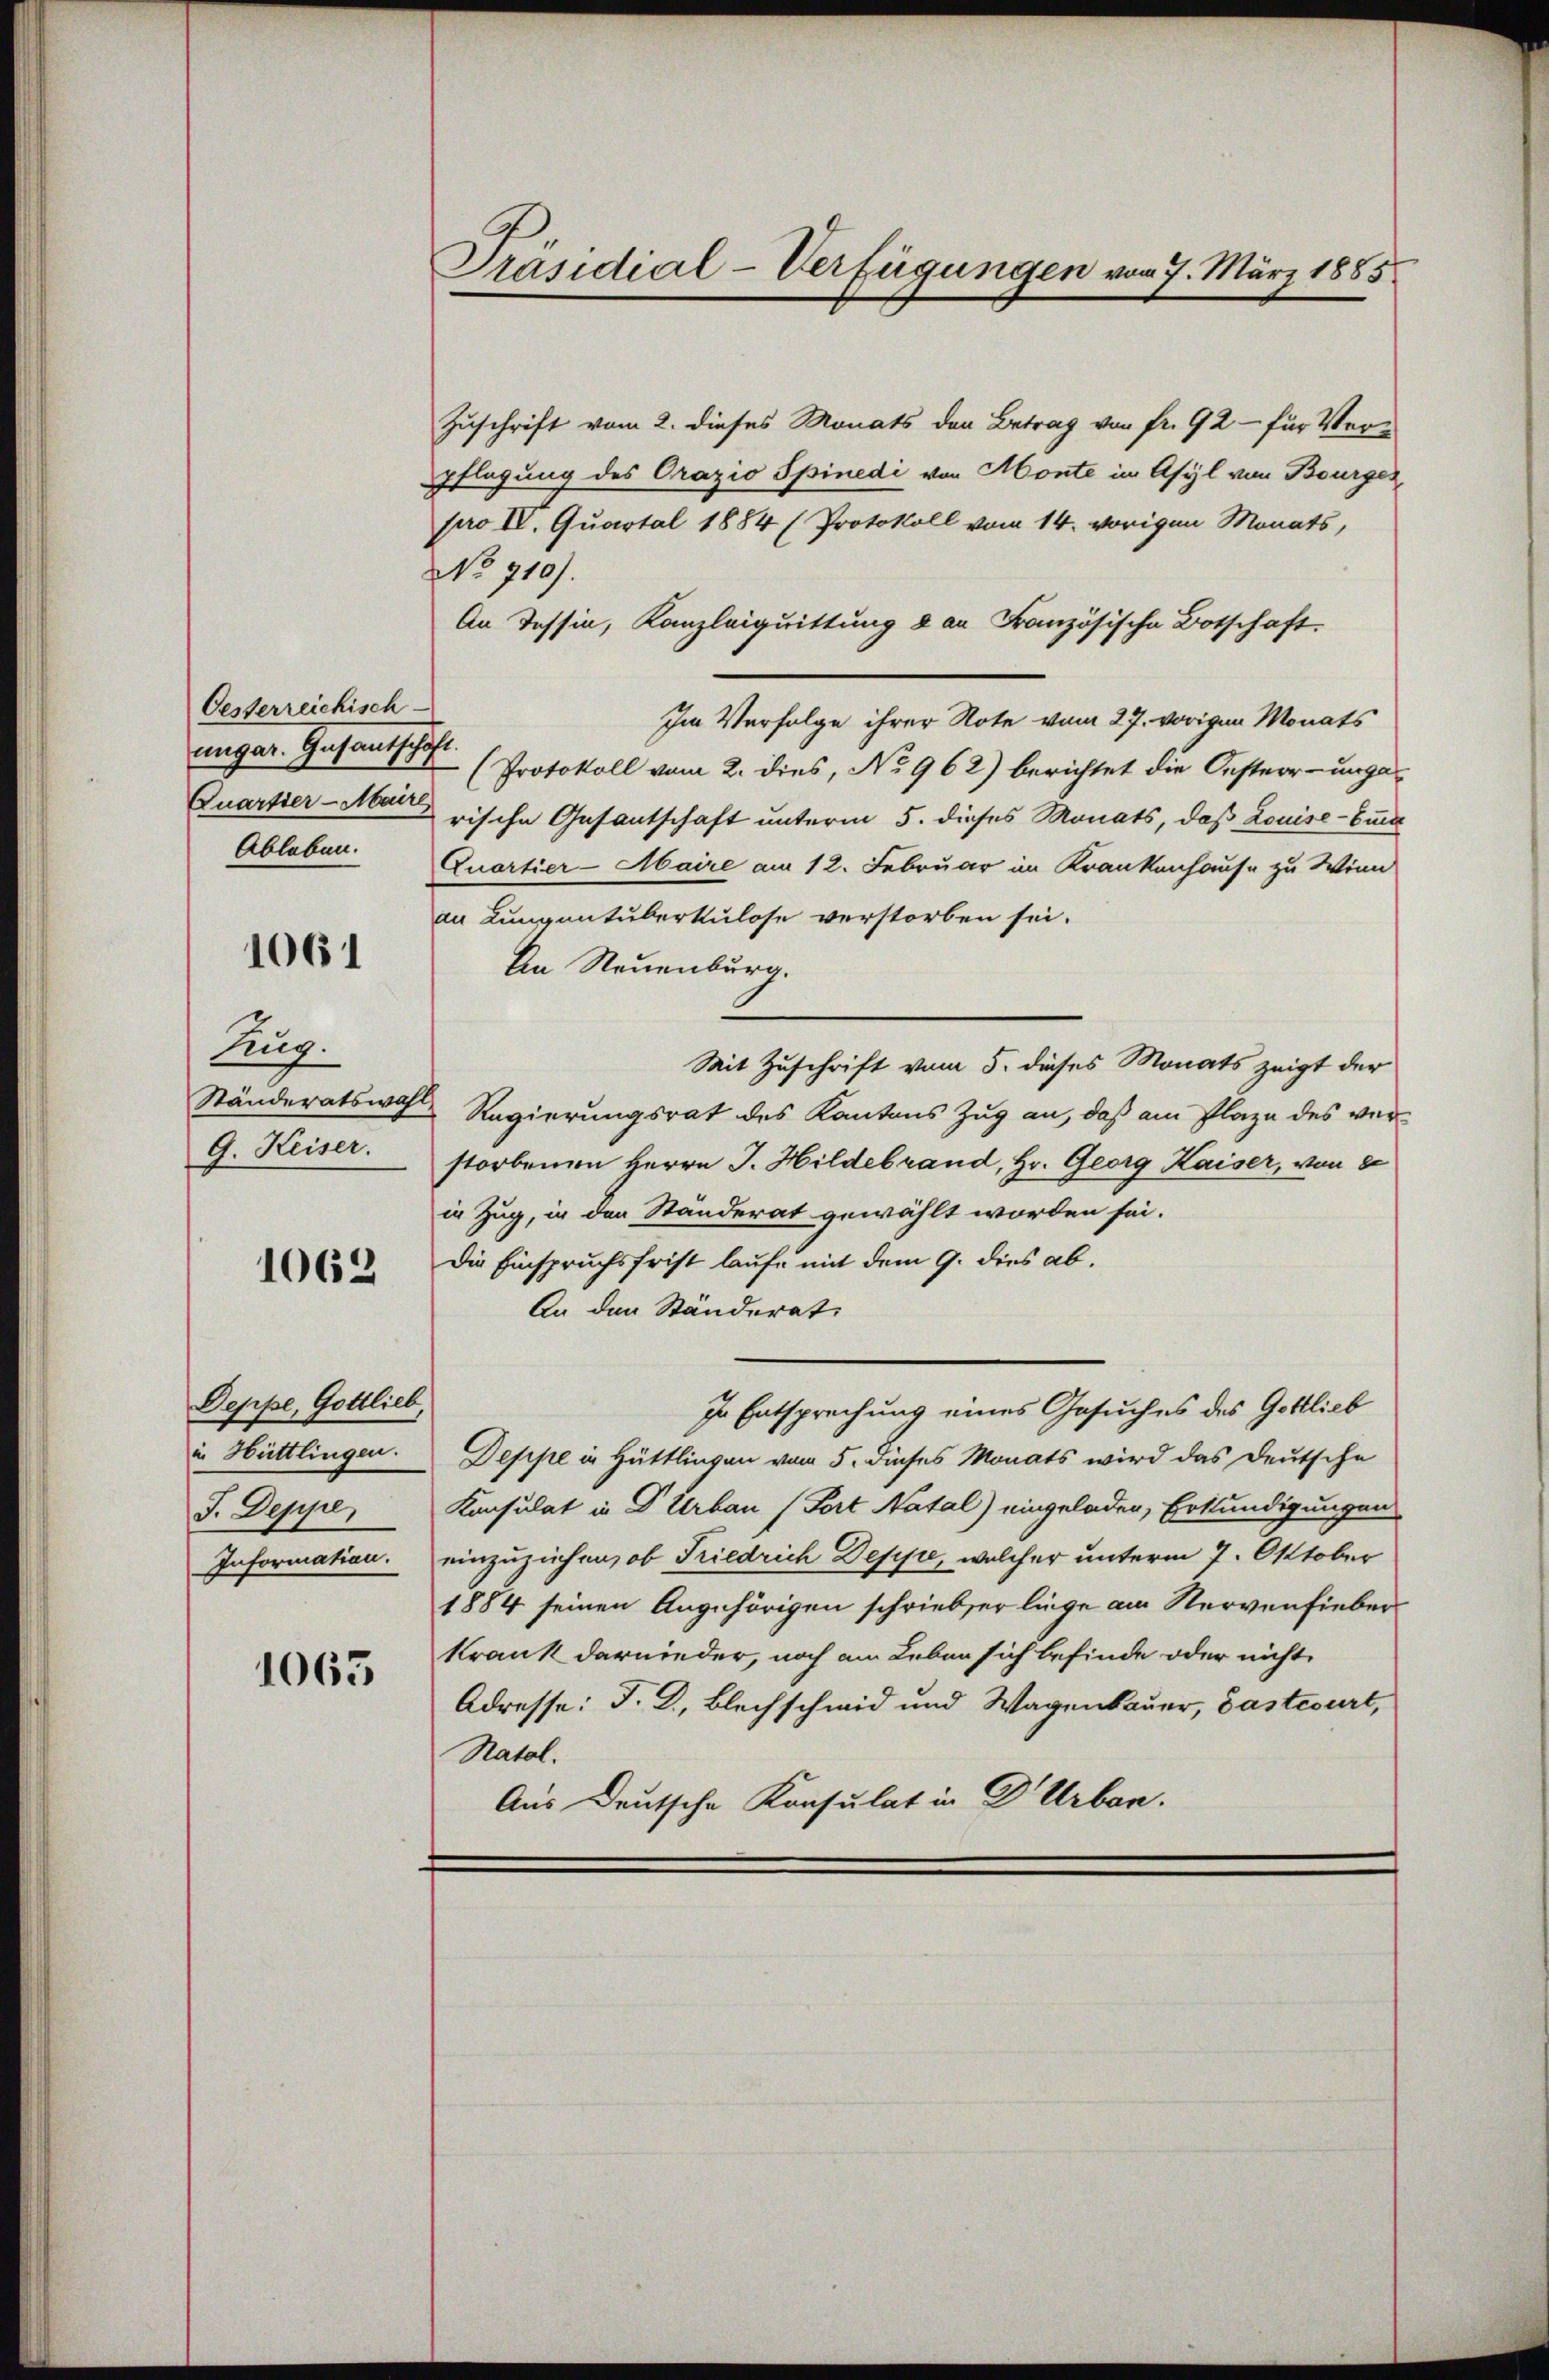
Oesterreichisch-
ungar. Gesandschaft.
Quartier-Maire

1061

Zug.
Ständeratswahl
G. Keiser.

1062

Deppe, Gottlieb,
in Hüttlingen.
J. Deppe
Information.

1063

Präsidial-Verfügungen vom 7. März 1885

Zuschrift vom 2. dieses Monats den Betrag von fr. 92 - für Verpflegung des Orazio Spinedi von Monte im Asyl von Bourger
pro II. Quartal 1884 (Protokoll vom 14. vorigen Monats,
No 710).
An Tessin, Kanzleiquittung 2 an Französische Botschaft.
Im Verfolge ihrer Note vom 27. vorigen Monats
(Protokoll vom 2. dies, No 962) berichtet die Oester- ungarische Gesantschaft unterm 5. dieses Monats, daß Louise- und
Ableben. Quartier-Maire am 12. Februar im Krankenhause zu Winn
an Lungentuberkulose verstorben sei.
An Neuenburg.
Mit Zuschrift vom 5. dieses Monats zeigt der
Regierungsrat des Kantons Zug an, daß am Plaze des verstorbenen Herrn J. Hildebrand, Hr. Georg Kaiser, von 8
in Zug, in den Standerat gewählt worden sei.
Die Einspruchsfrist laufe mit dem 9. dies ab¬
An den Ständerat
In Entsprechung eines Gesuches des Gottlieb
Deppe in Hüttlingen vom 5. dieses Monats wird das Deutsche
Konsulat in D Urban (Fort Natal) eingeladen, Erkundigungen
einzuziehen, ob Friedrich Deppe, welcher unterm 7. Oktober
1884 seinen Angehörigen schriebser linge am Nervenfieberkrank darnieder, noch am Leben sich befinde oder nicht
Adresse: F. D., Blech schmid und Wagenbauer, Gastesurt,
Natol.
Aus Deutsche Konsulat in Dr Urban